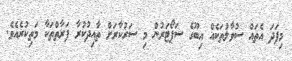
މިފަދަ އެތައް ސުވާލުތަކެއް އިބޫގެ ސަޕޯޓަރުން މި ސަރުކާރަށް ތާއިދުކުރާ ފަރާތްތަކާ މަތިކުރެއެވެ.